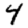
Digit: 4